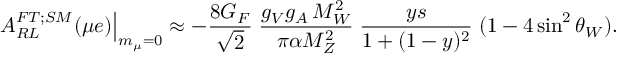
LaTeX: \left. A _ { R L } ^ { F T ; S M } ( \mu e ) \right\vert _ { m _ { \mu } = 0 } \approx - \frac { 8 G _ { F } } { \sqrt { 2 } } \; \frac { g _ { V } g _ { A } \, M _ { W } ^ { 2 } } { \pi \alpha M _ { Z } ^ { 2 } } \; \frac { y s } { 1 + ( 1 - y ) ^ { 2 } } \; ( 1 - 4 \sin ^ { 2 } \theta _ { W } ) .